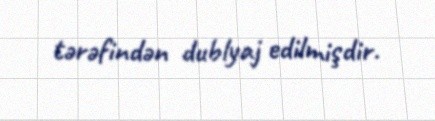
tərəfindən dublyaj edilmişdir.